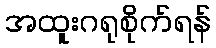
အထူးဂရုစိုက်ရန်